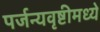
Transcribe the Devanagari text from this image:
पर्जन्यवृष्टीमध्ये